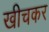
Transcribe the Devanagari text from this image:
खीचकर